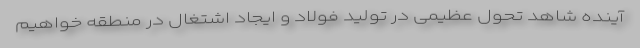
آینده شاهد تحول عظیمی در تولید فولاد و ایجاد اشتغال در منطقه خواهیم